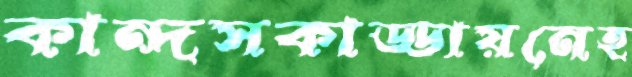
কান্দসকাড্ডায়নেহ